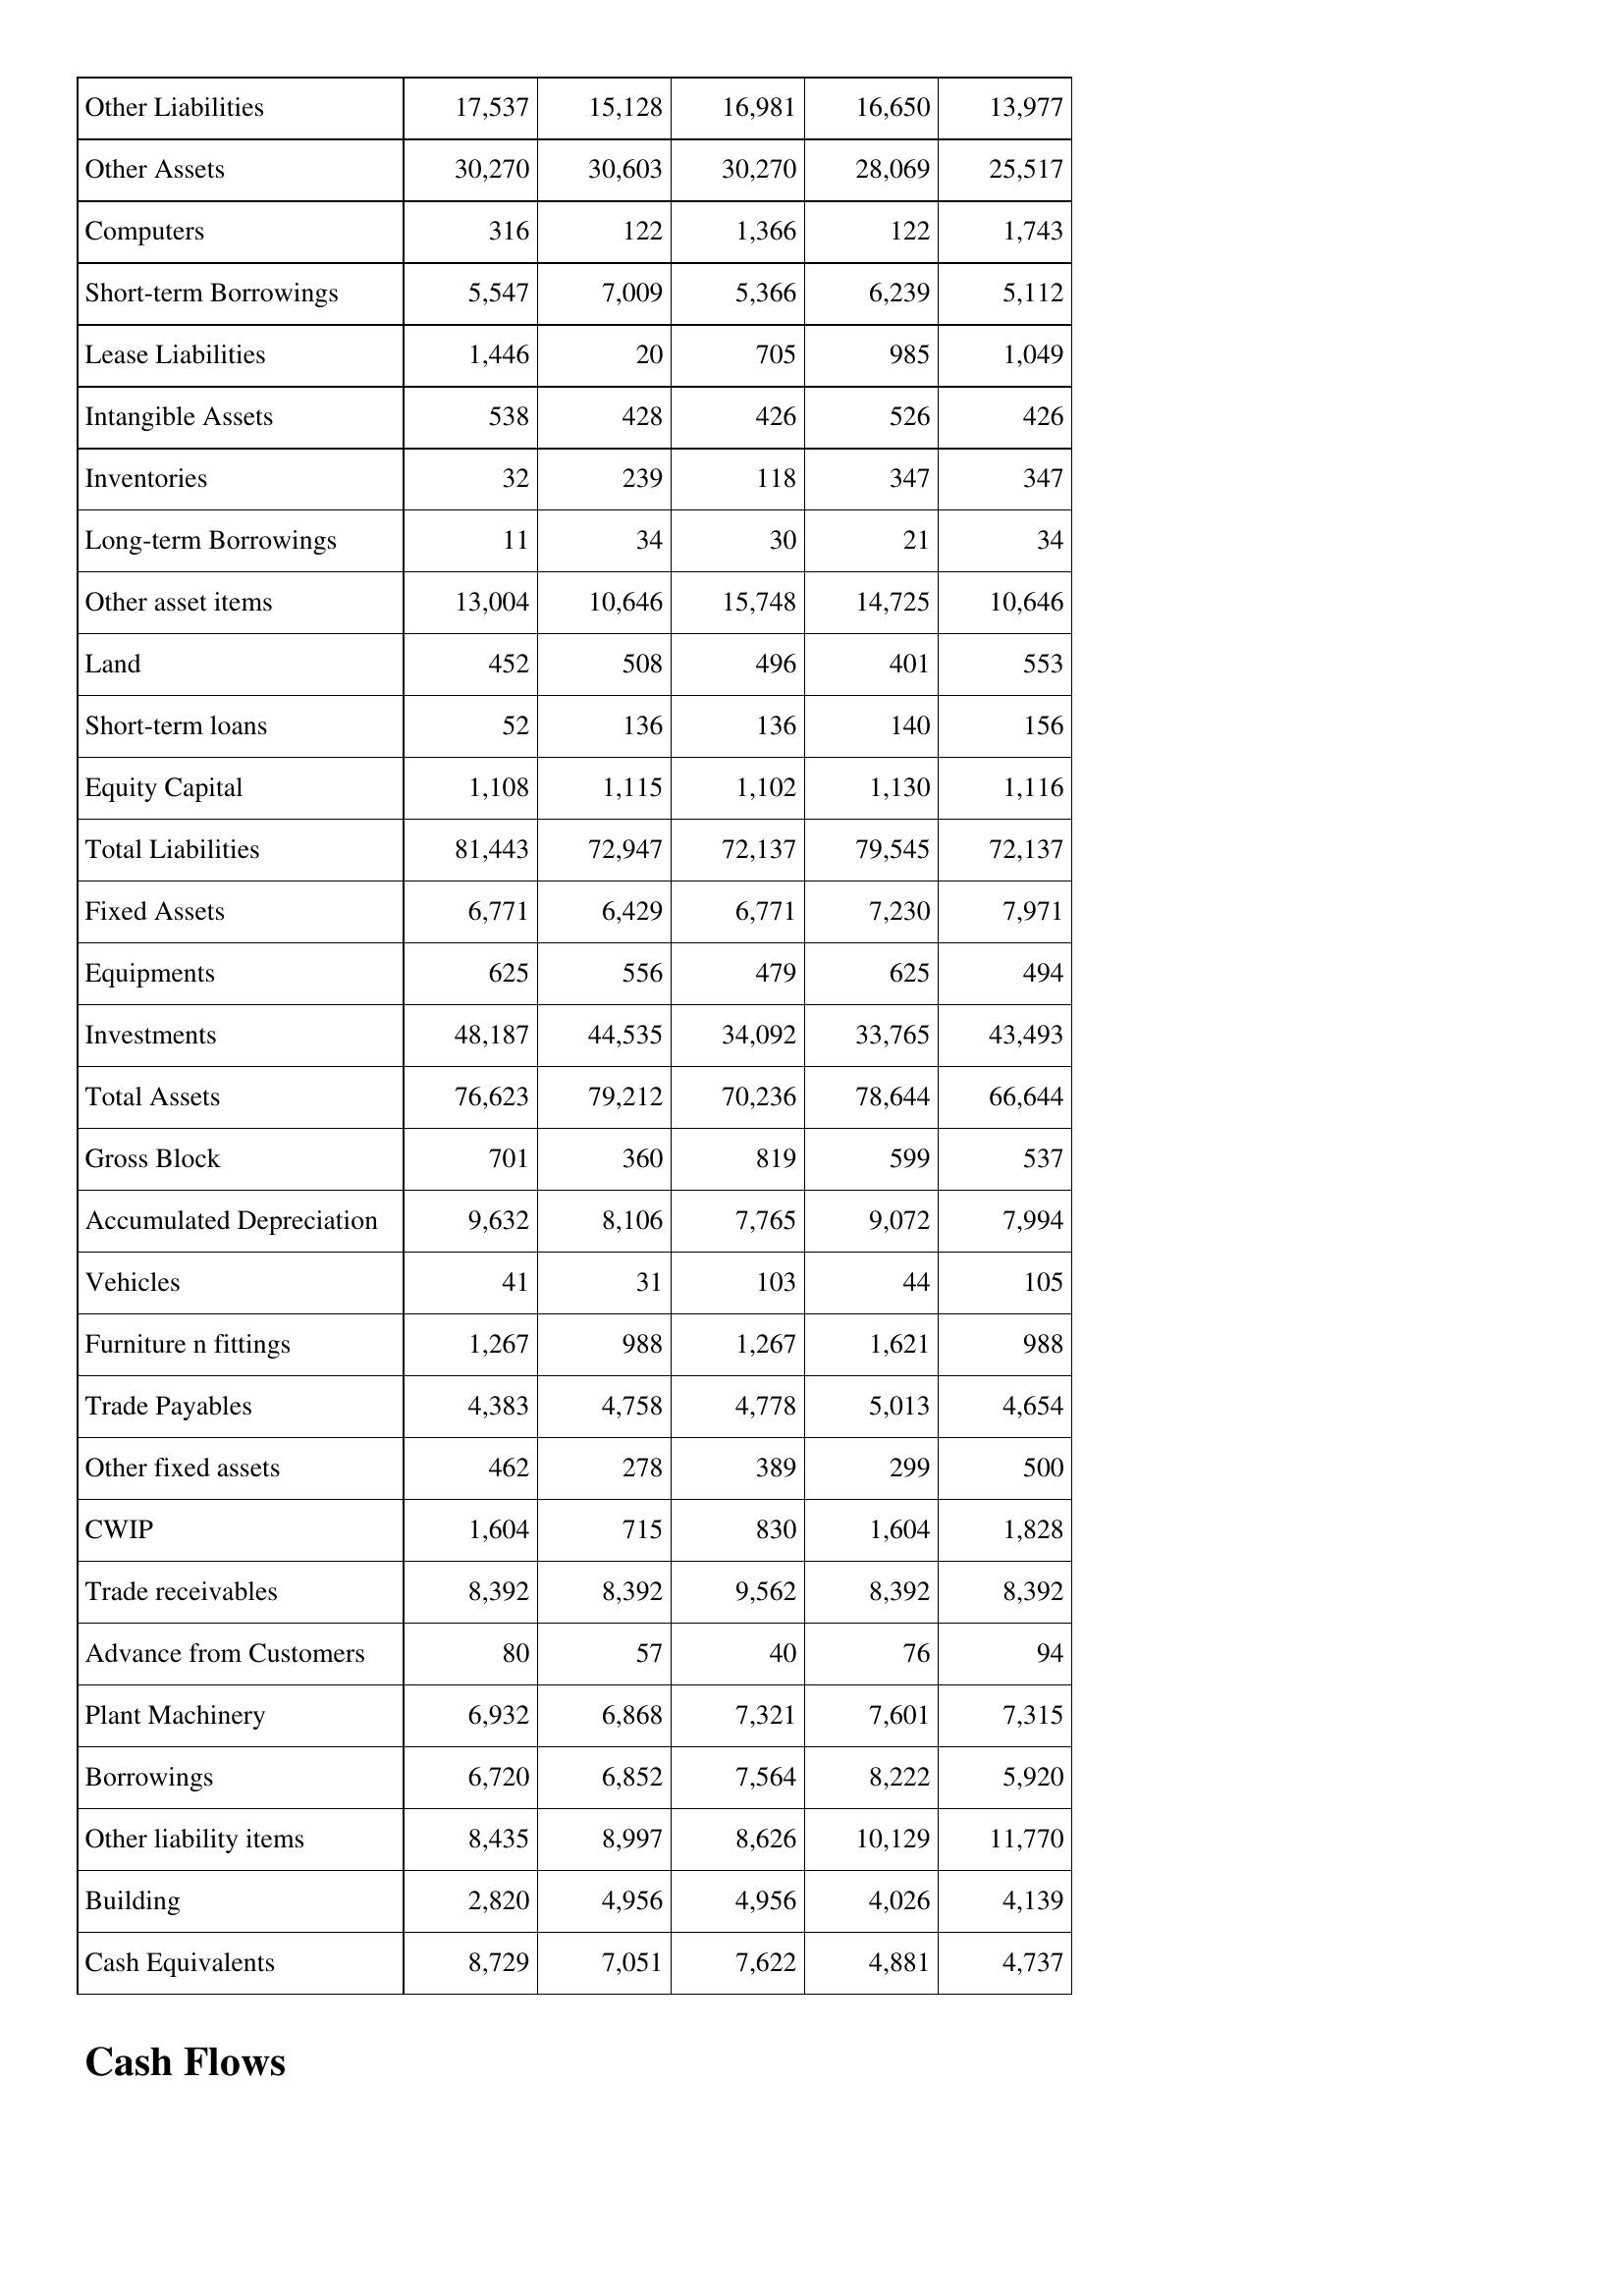
Mar-04: Balance Sheet: Other Liabilities: 17,537
Other Assets: 30,270
Computers: 316
Short-term Borrowings: 5,547
Lease Liabilities: 1,446
Intangible Assets: 538
Inventories: 32
Long-term Borrowings: 11
Other asset items: 13,004
Land: 452
Short-term loans: 52
Equity Capital: 1,108
Total Liabilities: 81,443
Fixed Assets: 6,771
Equipments: 625
Investments: 48,187
Total Assets: 76,623
Gross Block: 701
Accumulated Depreciation: 9,632
Vehicles: 41
Furniture n fittings: 1,267
Trade Payables: 4,383
Other fixed assets: 462
CWIP: 1,604
Trade receivables: 8,392
Advance from Customers: 80
Plant Machinery: 6,932
Borrowings: 6,720
Other liability items: 8,435
Building: 2,820
Cash Equivalents: 8,729
Mar-03: Balance Sheet: Other Liabilities: 15,128
Other Assets: 30,603
Computers: 122
Short-term Borrowings: 7,009
Lease Liabilities: 20
Intangible Assets: 428
Inventories: 239
Long-term Borrowings: 34
Other asset items: 10,646
Land: 508
Short-term loans: 136
Equity Capital: 1,115
Total Liabilities: 72,947
Fixed Assets: 6,429
Equipments: 556
Investments: 44,535
Total Assets: 79,212
Gross Block: 360
Accumulated Depreciation: 8,106
Vehicles: 31
Furniture n fittings: 988
Trade Payables: 4,758
Other fixed assets: 278
CWIP: 715
Trade receivables: 8,392
Advance from Customers: 57
Plant Machinery: 6,868
Borrowings: 6,852
Other liability items: 8,997
Building: 4,956
Cash Equivalents: 7,051
Mar-02: Balance Sheet: Other Liabilities: 16,981
Other Assets: 30,270
Computers: 1,366
Short-term Borrowings: 5,366
Lease Liabilities: 705
Intangible Assets: 426
Inventories: 118
Long-term Borrowings: 30
Other asset items: 15,748
Land: 496
Short-term loans: 136
Equity Capital: 1,102
Total Liabilities: 72,137
Fixed Assets: 6,771
Equipments: 479
Investments: 34,092
Total Assets: 70,236
Gross Block: 819
Accumulated Depreciation: 7,765
Vehicles: 103
Furniture n fittings: 1,267
Trade Payables: 4,778
Other fixed assets: 389
CWIP: 830
Trade receivables: 9,562
Advance from Customers: 40
Plant Machinery: 7,321
Borrowings: 7,564
Other liability items: 8,626
Building: 4,956
Cash Equivalents: 7,622
Mar-01: Balance Sheet: Other Liabilities: 16,650
Other Assets: 28,069
Computers: 122
Short-term Borrowings: 6,239
Lease Liabilities: 985
Intangible Assets: 526
Inventories: 347
Long-term Borrowings: 21
Other asset items: 14,725
Land: 401
Short-term loans: 140
Equity Capital: 1,130
Total Liabilities: 79,545
Fixed Assets: 7,230
Equipments: 625
Investments: 33,765
Total Assets: 78,644
Gross Block: 599
Accumulated Depreciation: 9,072
Vehicles: 44
Furniture n fittings: 1,621
Trade Payables: 5,013
Other fixed assets: 299
CWIP: 1,604
Trade receivables: 8,392
Advance from Customers: 76
Plant Machinery: 7,601
Borrowings: 8,222
Other liability items: 10,129
Building: 4,026
Cash Equivalents: 4,881
Mar-00: Balance Sheet: Other Liabilities: 13,977
Other Assets: 25,517
Computers: 1,743
Short-term Borrowings: 5,112
Lease Liabilities: 1,049
Intangible Assets: 426
Inventories: 347
Long-term Borrowings: 34
Other asset items: 10,646
Land: 553
Short-term loans: 156
Equity Capital: 1,116
Total Liabilities: 72,137
Fixed Assets: 7,971
Equipments: 494
Investments: 43,493
Total Assets: 66,644
Gross Block: 537
Accumulated Depreciation: 7,994
Vehicles: 105
Furniture n fittings: 988
Trade Payables: 4,654
Other fixed assets: 500
CWIP: 1,828
Trade receivables: 8,392
Advance from Customers: 94
Plant Machinery: 7,315
Borrowings: 5,920
Other liability items: 11,770
Building: 4,139
Cash Equivalents: 4,737